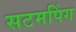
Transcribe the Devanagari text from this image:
सटमपिंग